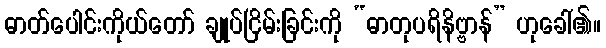
ဓာတ်ပေါင်းကိုယ်တော် ချုပ်ငြိမ်းခြင်းကို “ဓာတုပရိနိဗ္ဗာန်” ဟုခေါ်၏။